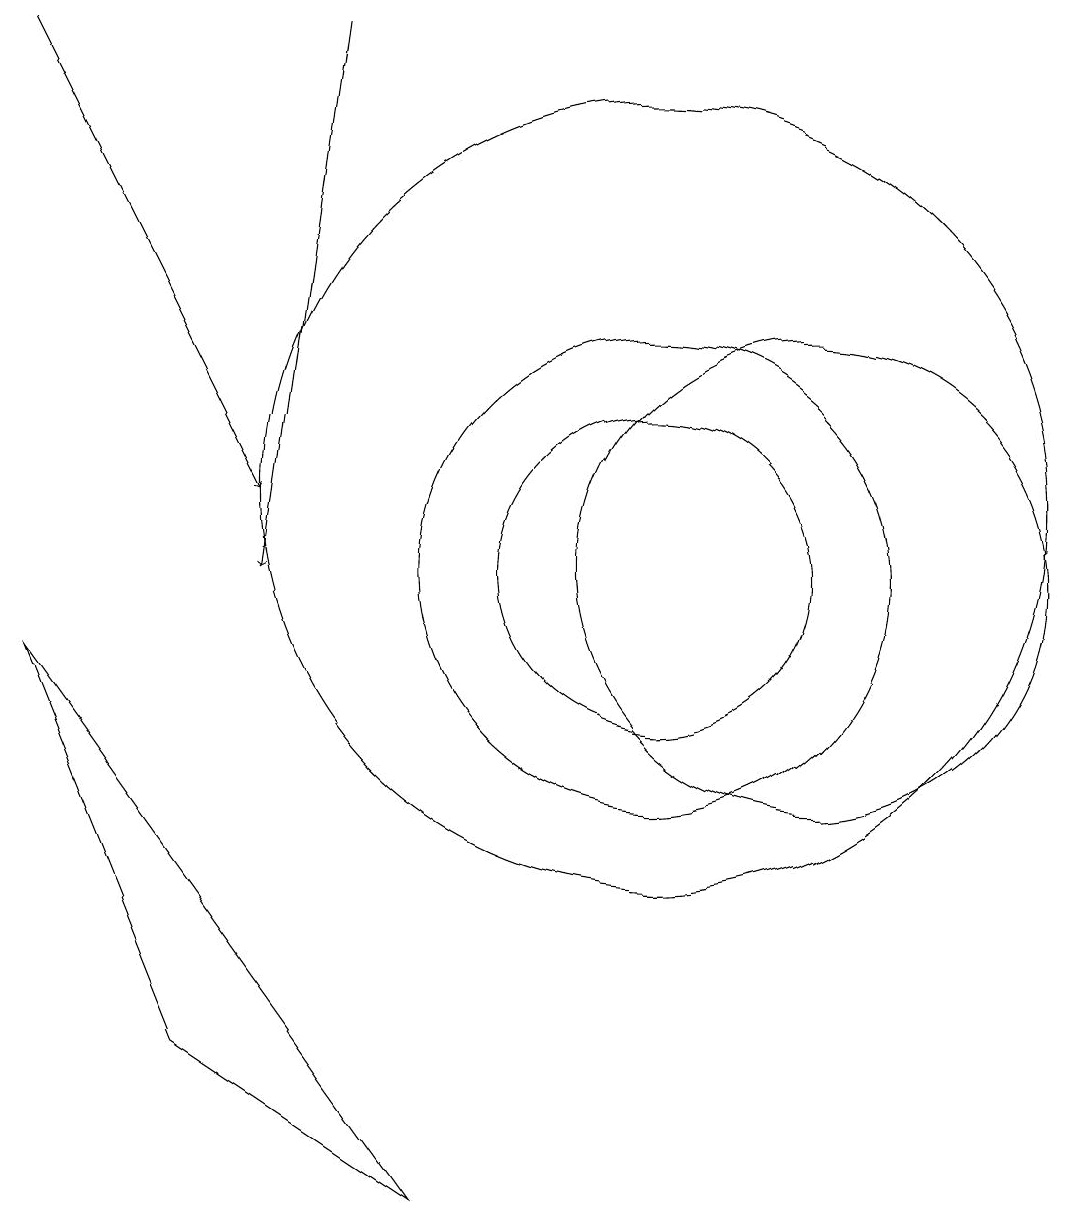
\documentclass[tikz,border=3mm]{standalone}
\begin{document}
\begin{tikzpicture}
\draw (10,11) circle (5);
\draw[->] (6,17) -- (5,10);
\draw[->] (2,17) -- (5,11);
\draw (4,4) -- (7,2) -- (2,9) -- cycle;
\draw (12,10) circle (3);
\draw (10,10) circle (3);
\draw (10,10) circle (2);
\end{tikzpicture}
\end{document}